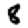
Digit: 8